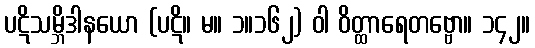
ပဋိသမ္ဘိဒါနယော (ပဋိ။ မ။ ၁။၁၆၂) ဝါ ဝိတ္ထာရေတဗ္ဗော။ ၁၄၂။